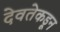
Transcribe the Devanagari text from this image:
देवतेकडून